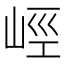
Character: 𡷨